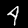
Digit: 4